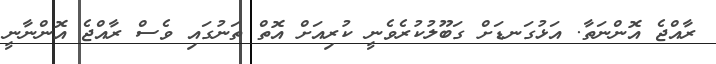
ރާއްޖެ އޮންނަތާ. އަޅުގަނޑަށް ގަބޫލުކުރެވެނީ ކުރިއަށް އޮތް ތަނުގައި ވެސް ރާއްޖެ އޮންނާނީ